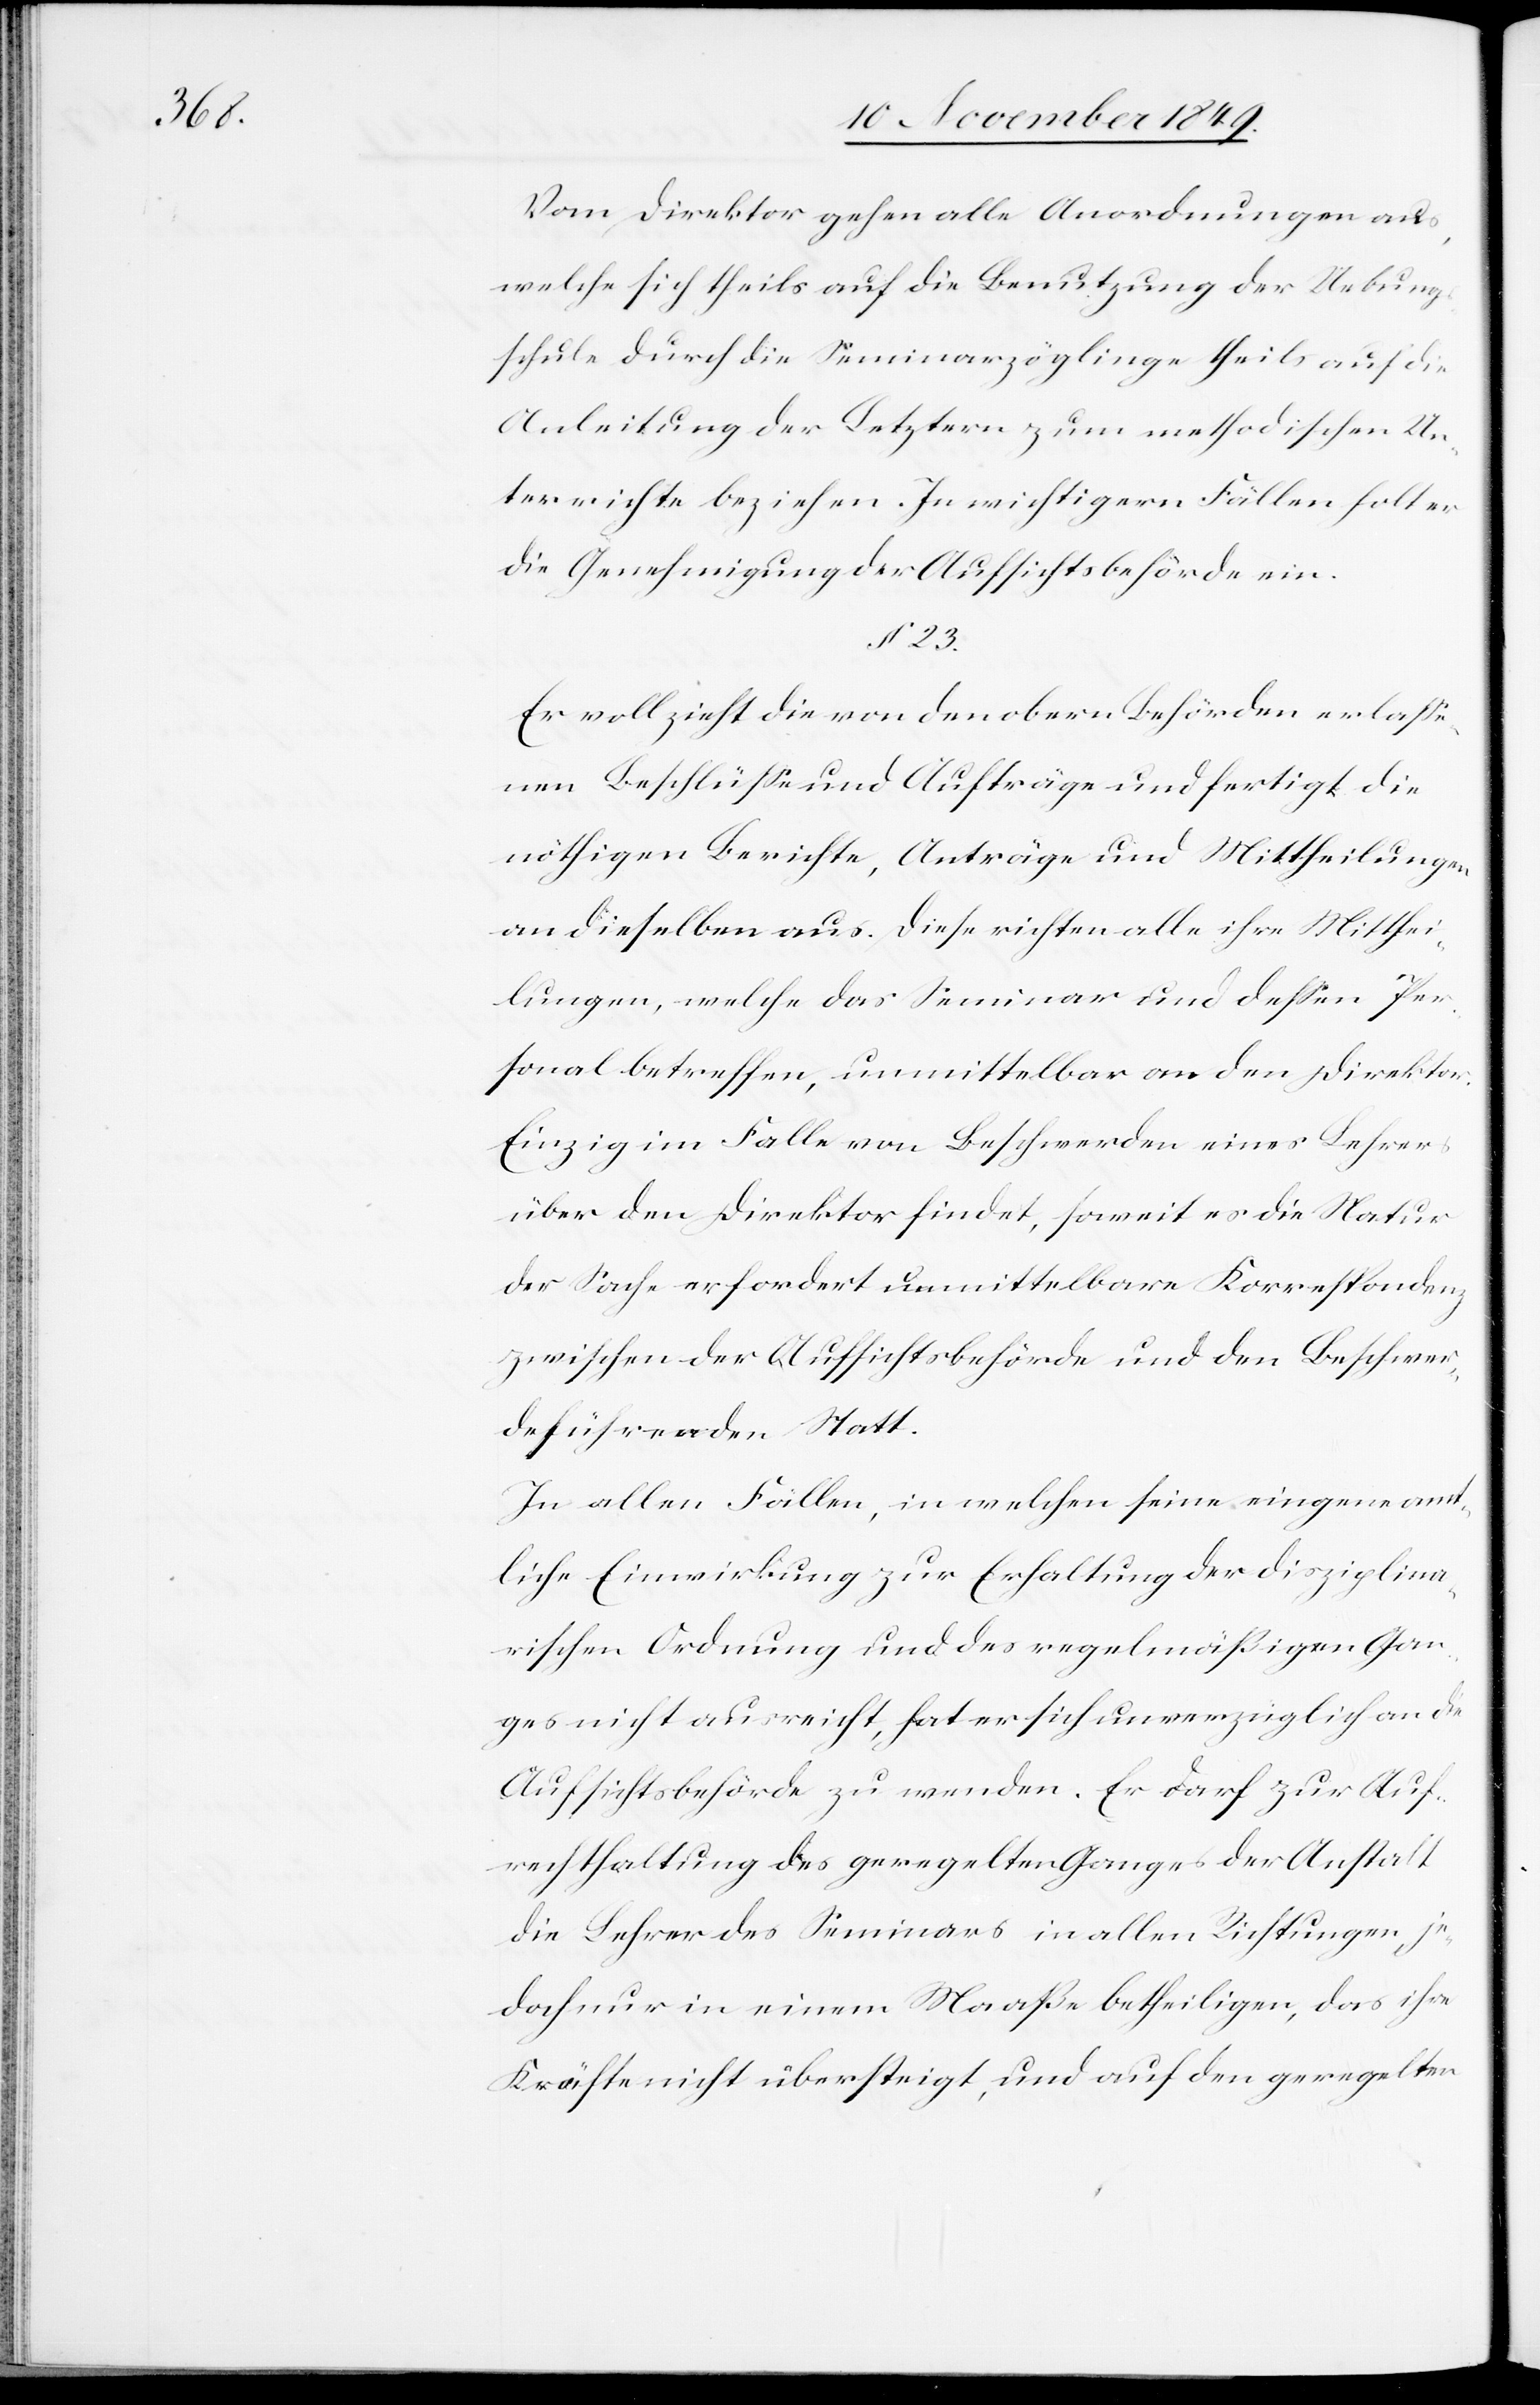
Auf¬

Vom Direktor gehen alle Anordnungen aus,
welche sich theils auf die Benutzung der Uebungs¬
schule durch die Seminarzöglinge theils auf die
Anleitung der Letztern zum methodischen Un¬
terrichte beziehen. In wichtigern Fällen holt er
die Genehmigung der Aufsichtsbehörden ein.
§ 23.
Er vollzieht die von den obern Behörden erlaße¬
nen Beschlüße und Aufträge und fertigt die
nöthigen Berichte, Anträge und Mittheilungen
an dieselben aus. Diese richten alle ihre Mitthei¬
lungen, welche das Seminar und deßen Per¬
sonal betreffen, unmittelbar an den Direktor.
Einzig im Falle von Beschwerden eines Lehrers
über den Direktor findet, soweit es die Natur
der Sache erfordert unmittelbare Korrespondenz
zwischen der Aufsichtsbehörde und den Beschwer¬
deführenden Statt.
In allen Fällen, in welchen seine eingene
liche Einwirkung zur Erhaltung der disziplina¬
rischen Ordnung und des regelmäßigen Gan¬
ges nicht ausreicht, hat er sich an die Aufsichtsbe¬
rechthaltung des geregelten Ganges der Anstalt
die Lehrer des Seminars in allen Richtungen, je¬
doch nur in einem Maaße betheiligen, das ihre
Kräfte nicht übersteigt, und auf den geregelten